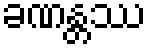
ခဏန္တဿ